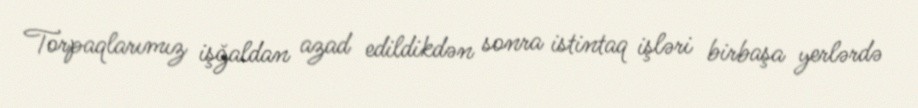
Torpaqlarımız işğaldan azad edildikdən sonra istintaq işləri birbaşa yerlərdə